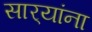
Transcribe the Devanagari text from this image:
सार्‍यांना